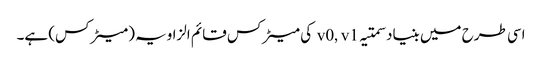
اسی طرح میں بنیاد سمتیہ v0, v1 کی میٹرکس قائم الزاویہ (میٹرکس) ہے۔